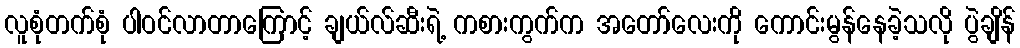
လူစုံတက်စုံ ပါဝင်လာတာကြောင့် ချယ်လ်ဆီးရဲ့ ကစားကွက်က အတော်လေးကို ကောင်းမွန်နေခဲ့သလို ပွဲချိန်